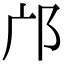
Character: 邝